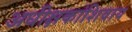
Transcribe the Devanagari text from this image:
अधीक्षकांशिवाय